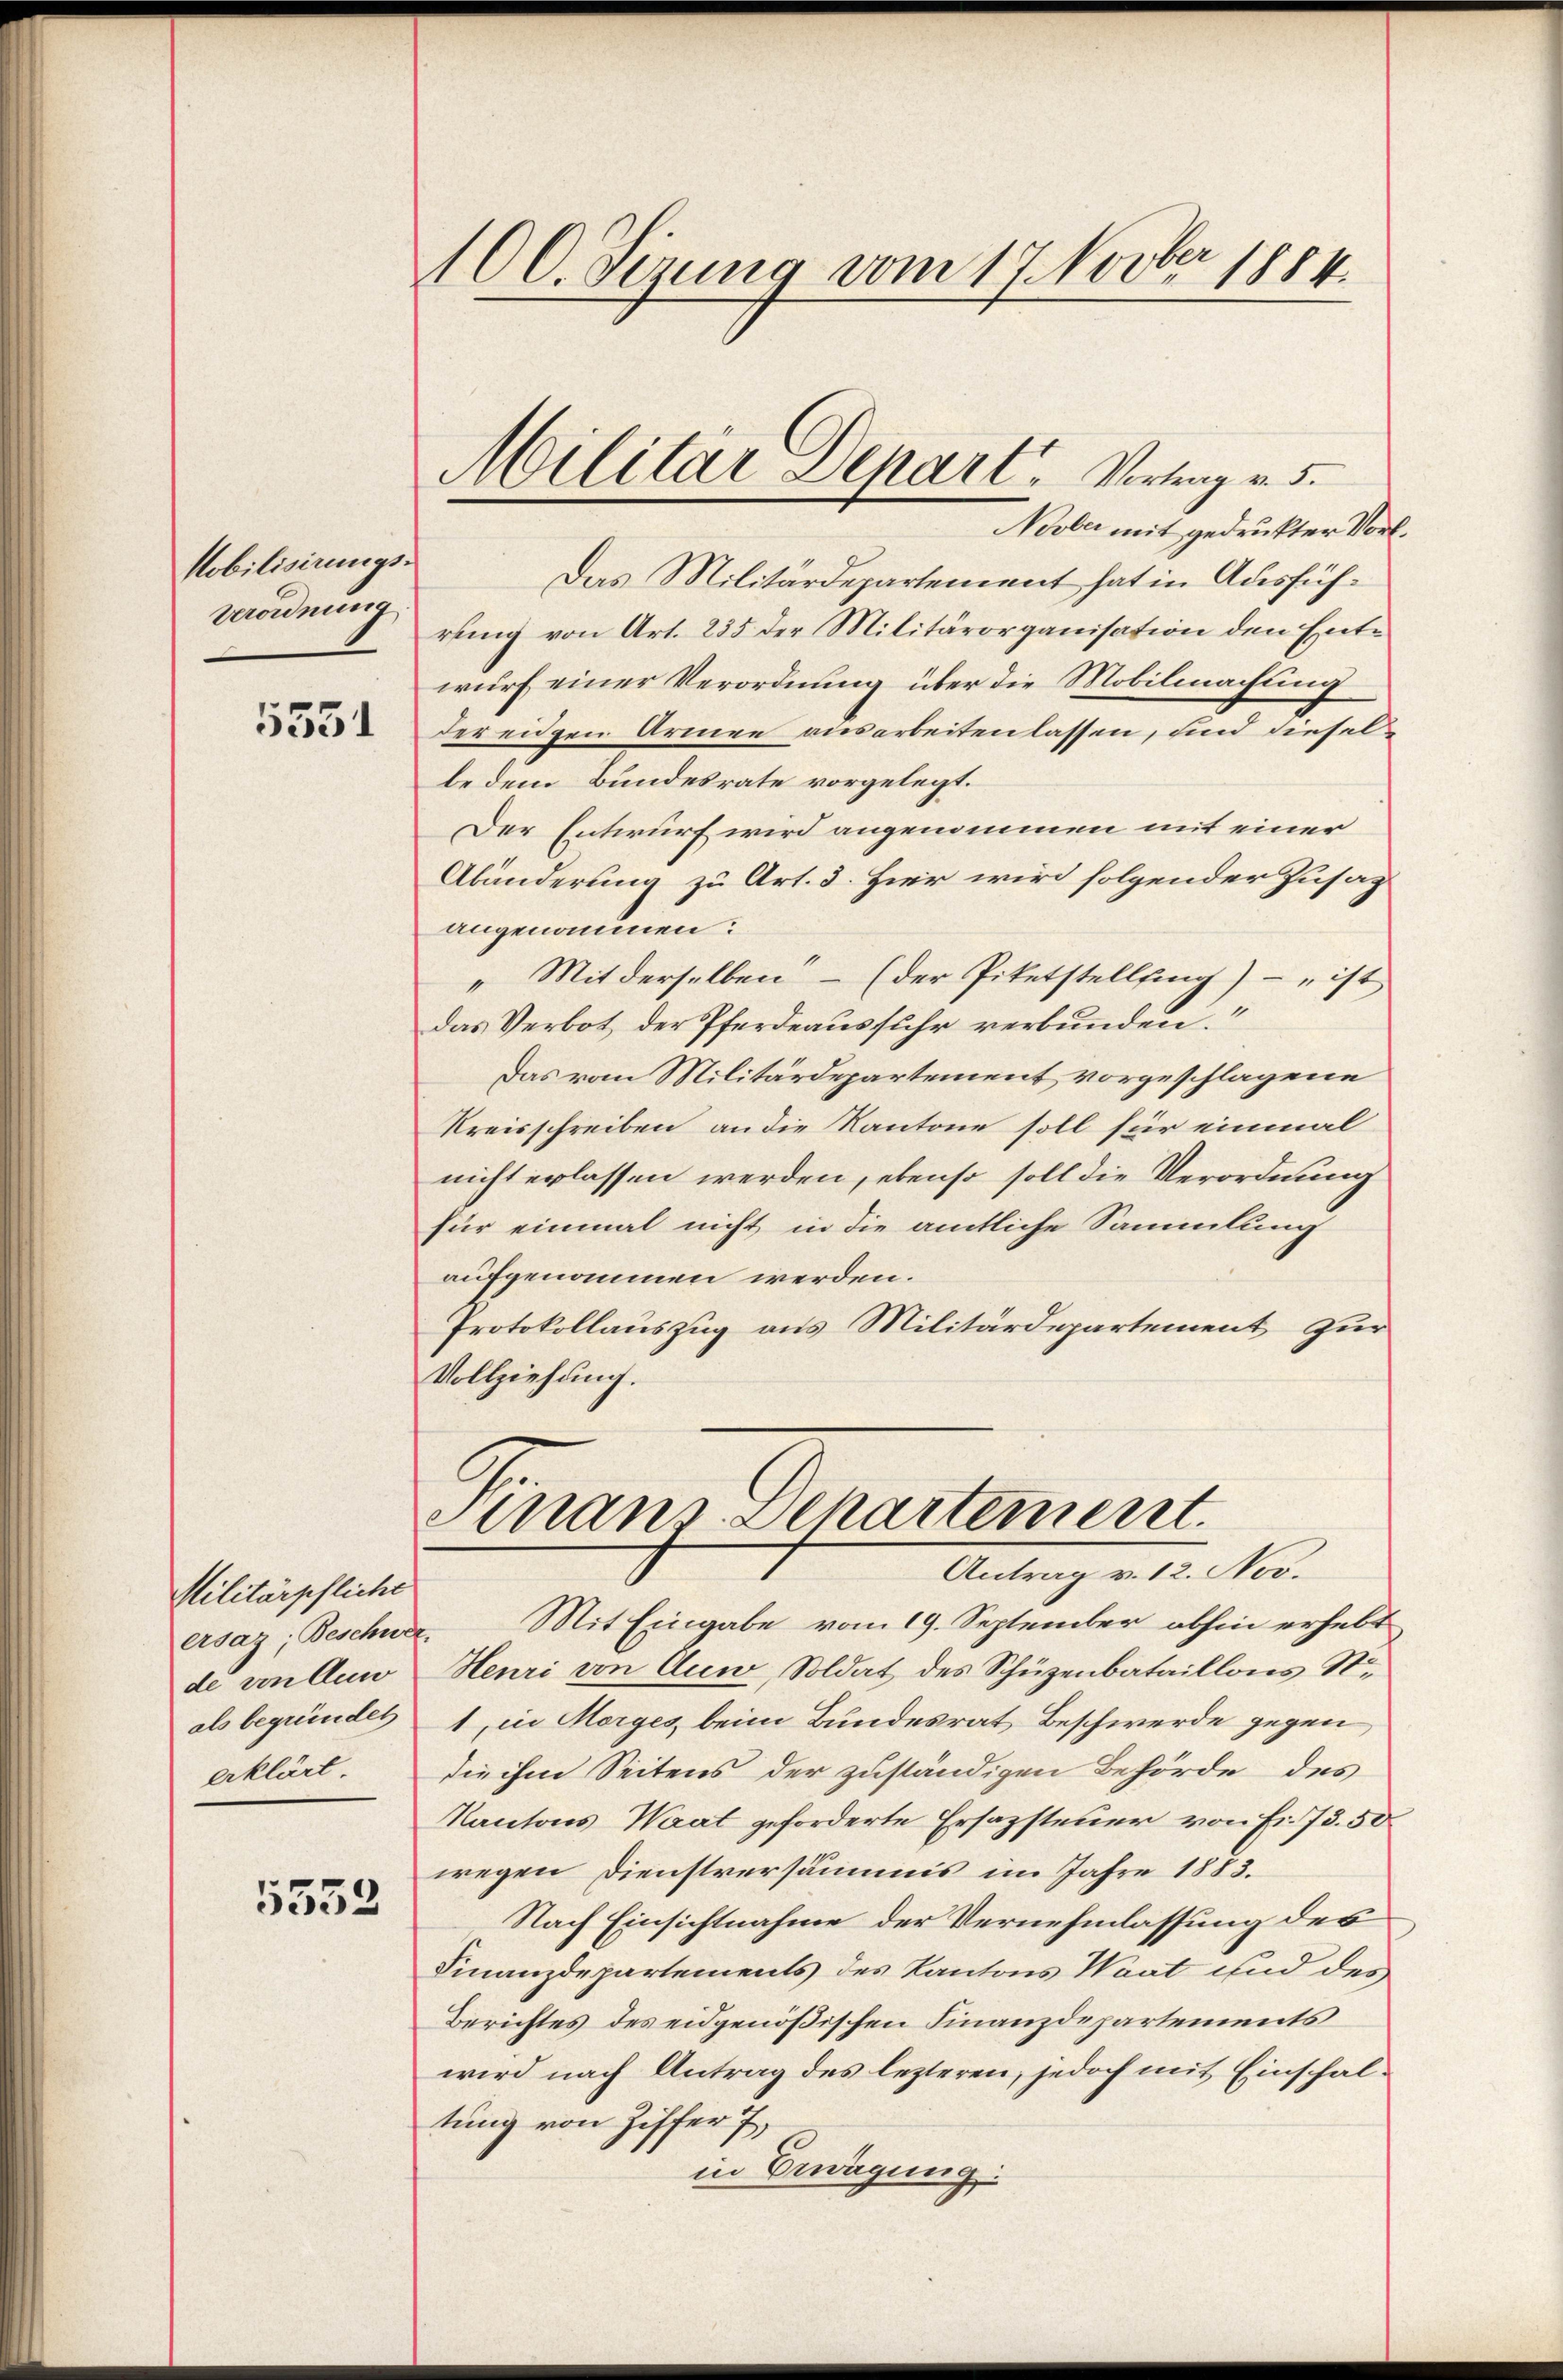
Nobilisirungs¬
Verordnung

5351

Militärpfliche
esar Beschwer.
de von Aus
als begründet
erklärt.

5552

100. Sizung vom 17. Novber 1884.

Das Militärdepartement hat in Ausführung von Art. 235 der Militärorganisation den Entwurf einer Verordnung über die Mobilmachung
der eidgen Armen ausarbeiten lassen, und dieselbe dem Bundesrate vorgelegt.
Der Entwurf wird angenommen mit einer
Abänderung zu Art. 5. Hier wird folgender Zusaz
angenommen:
„Mit derselben – (der Piketstellung) - „ist
das Verbot der Pferdeausfuhr verbunden.
Das vom Militärdepartement vorgeschlagene
Kreisschreiben an die Kantone soll für einmal
nicht erlassen werden, ebenso soll die Verordnung
für einmal nicht in die amtliche Sammlung
aufgenommen werden.
Protokollauszug aus Militärdepartement zur
Vollziehung.

Militar Depart. Vortrag v. 5.
Novber mit gedruckter Vor¬

Finanz-Departement.
Antrag v. 12. Nov.

Mit Eingabe vom 19. September abhin erhebt
Heuri von Auw, Soldat des Schüzenbataillons St
1, in Morges beim Bundesrat Beschwerde gegen
die ihm Seitens der zuständigen Behörde des
Kantons Waat geforderte Ersazsteuer von Fr. 73. 50
wegen Dienstversäumis im Jahre 1883.
Nach Einsichtnahme der Vernehmlassung des
Finanzdepartements des Kantons Waat und des
Berichtes des eidgenößischen Finanzdepartements
wird nach Antrag des lezteren, jedoch mit Einschaltung von Ziffer 7,
in Erwägung: